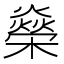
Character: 𬄾